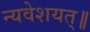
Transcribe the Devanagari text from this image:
न्यवेशयत्॥